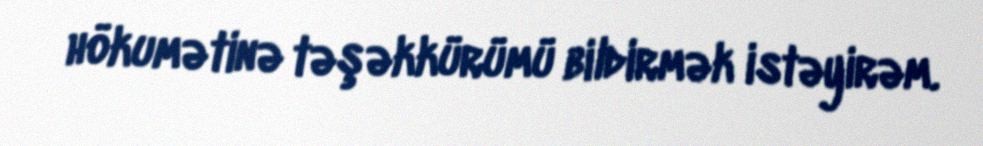
hökumətinə təşəkkürümü bildirmək istəyirəm.